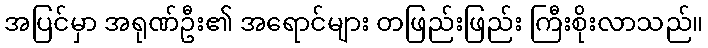
အပြင်မှာ အရုဏ်ဦး၏ အရောင်များ တဖြည်းဖြည်း ကြီးစိုးလာသည်။